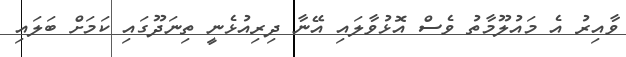
ވާއިރު އެ މައުލޫމާތު ވެސް އޮޅުވާލައި އޭނާ ދިރިއުޅެނީ ތިނަދޫގައި ކަމަށް ބަލައި